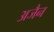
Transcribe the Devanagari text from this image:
अजैन